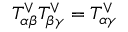
T _ { \alpha \beta } ^ { \vee } T _ { \beta \gamma } ^ { \vee } = T _ { \alpha \gamma } ^ { \vee }